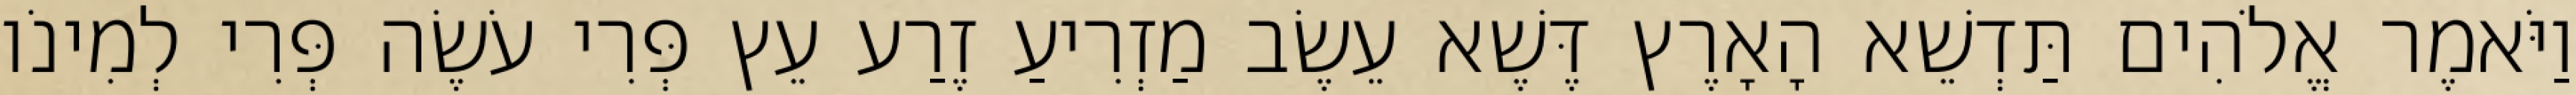
וַיֹּאמֶר אֱלֹהִים תַּדְשֵׁא הָאָרֶץ דֶּשֶׁא עֵשֶׂב מַזְרִיעַ זֶרַע עֵץ פְּרִי עֹשֶׂה פְּרִי לְמִינֹו